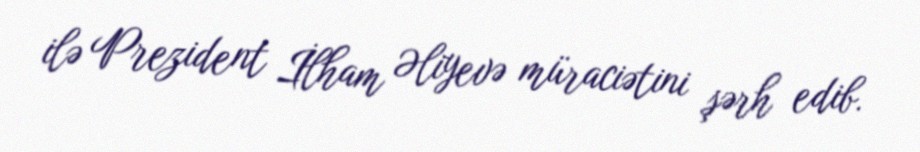
ilə Prezident İlham Əliyevə müraciətini şərh edib.